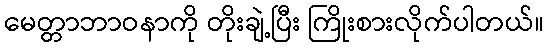
မေတ္တာဘာဝနာကို တိုးချဲ့ပြီး ကြိုးစားလိုက်ပါတယ်။